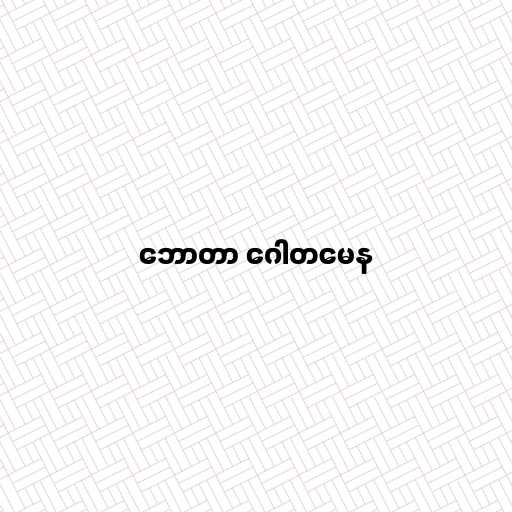
ဘောတာ ဂေါတမေန